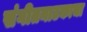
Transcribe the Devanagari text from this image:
संगीतनाटकाचा